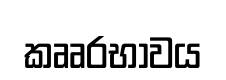
කෲරභාවය